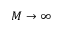
M \rightarrow \infty